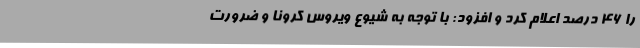
را 46 درصد اعلام کرد و افزود: با توجه به شیوع ویروس کرونا و ضرورت